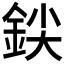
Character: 𰼨